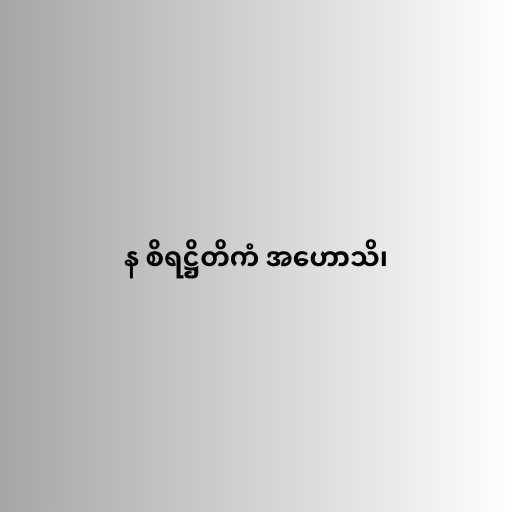
န စိရဋ္ဌိတိကံ အဟောသိ၊